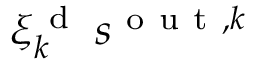
\xi _ { k } ^ { \mathrm { ~ d ~ } } \: s ^ { \mathrm { ~ o ~ u ~ t ~ } , k }